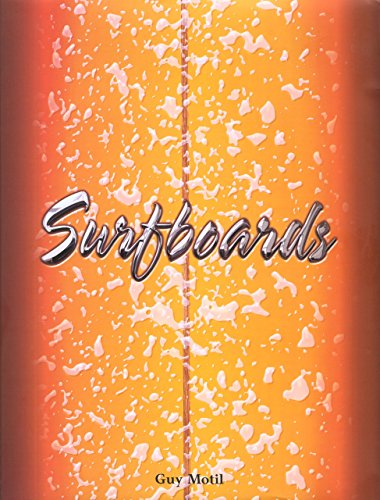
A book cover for Surfboards (Surfing Series); Guy Motil; Sports & Outdoors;